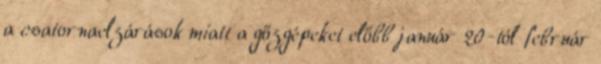
a csatornaelzárások miatt a gőzgépeket előbb január 20-tól február